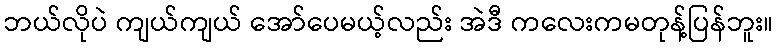
ဘယ်လိုပဲ ကျယ်ကျယ် အော်ပေမယ့်လည်း အဲဒီ ကလေးကမတုန့်ပြန်ဘူး။